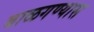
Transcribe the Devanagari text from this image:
बाळगण्यास